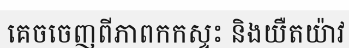
គេចចេញពីភាពកកស្ទះ និងយឺតយ៉ាវ